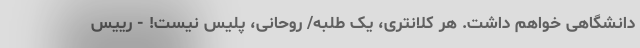
دانشگاهی خواهم داشت. هر کلانتری، یک طلبه/ روحانی، پلیس نیست! - رییس